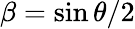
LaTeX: \beta=\sin{\theta/2}